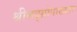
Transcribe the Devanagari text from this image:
श्रीमद्‌ग्रोपाख्यान